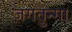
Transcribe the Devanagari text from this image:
जगतुन्गा